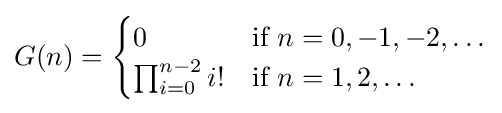
G(n)={\begin{cases}0&{\text{if }}n=0,-1,-2,\dots \\\prod _{i=0}^{n-2}i!&{\text{if }}n=1,2,\dots \end{cases}}